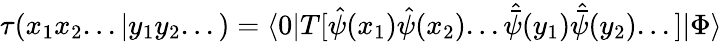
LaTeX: \tau(x_{1}x_{2}...|y_{1}y_{2}...)=\langle 0|T[{\hat{\psi}}(x_{1}){\hat{\psi}}(x_{2})...{\hat{\bar{\psi}}}(y_{1}){\hat{\bar{\psi}}}(y_{2})...]|\Phi\rangle